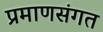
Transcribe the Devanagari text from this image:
प्रमाणसंगत